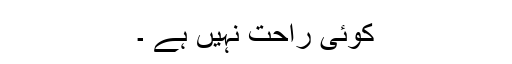
کوئی راحت نہیں ہے ۔